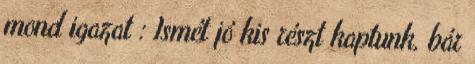
mond igazat : Ismét jó kis részt kaptunk, bár